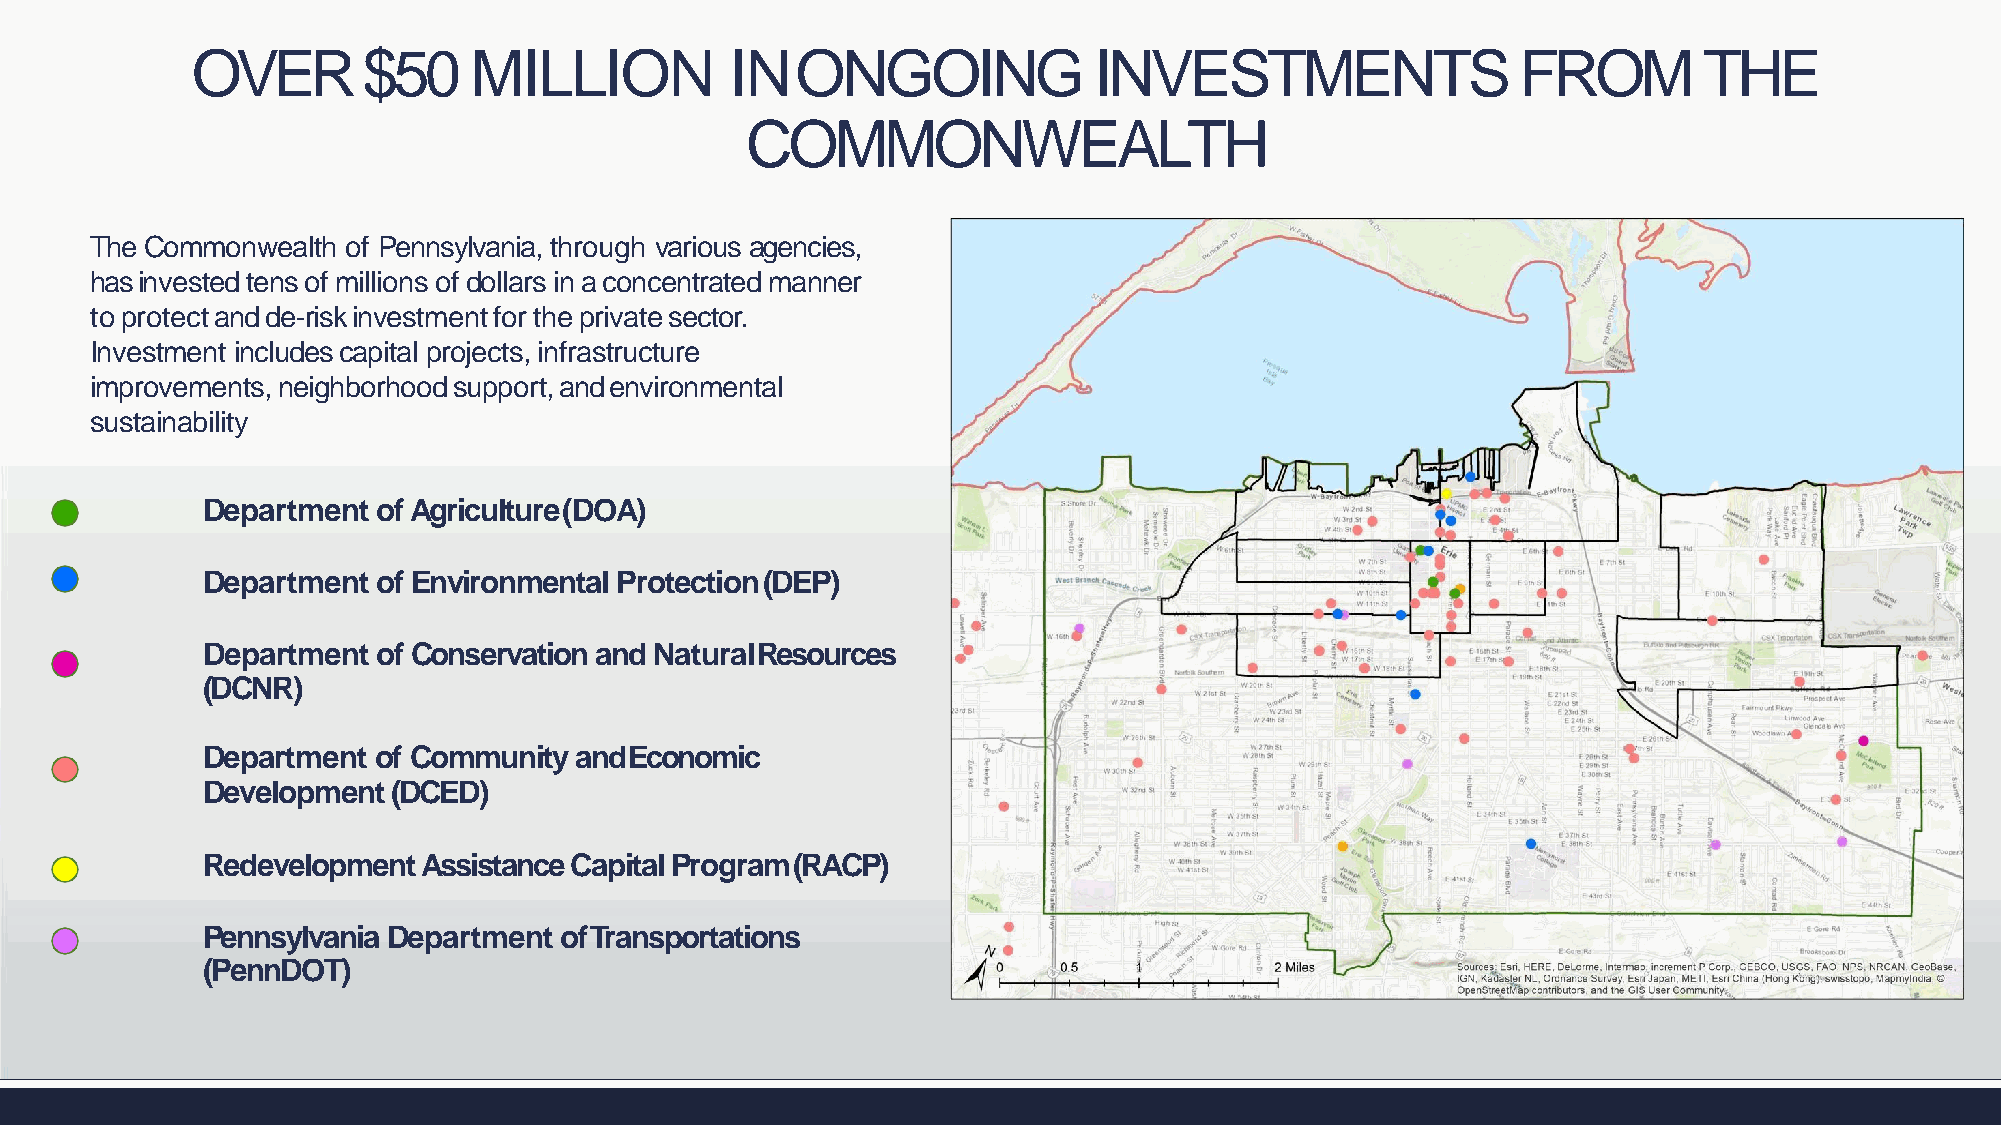
OVER       $50    MILLION          INONGOING               INVESTMENTS                  FROM        THE
 COMMONWEALTH
 The Commonwealth of Pennsylvania, through various agencies,
 hasinvestedtensof millionsof dollarsinaconcentratedmanner
 toprotectandde-riskinvestmentfortheprivatesector.
 Investment includes capital projects, infrastructure
 improvements,neighborhoodsupport,andenvironmental
 sustainability
 Department  of Agriculture(DOA)
 Department  of Environmental Protection(DEP)
 Department  of Conservation and NaturalResources
 (DCNR)
 Department  of Community andEconomic
 Development(DCED)
 Redevelopment  Assistance Capital Program(RACP)
 Pennsylvania Department ofTransportations
 (PennDOT)